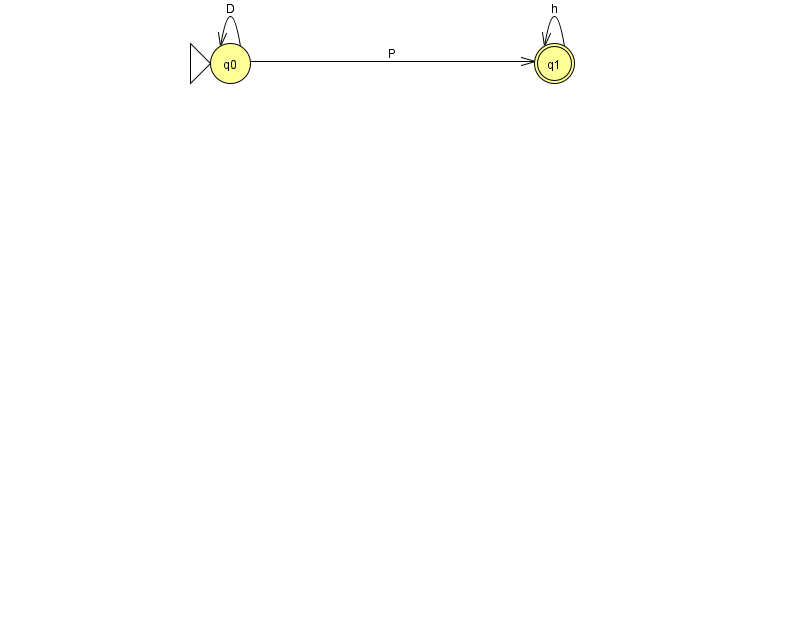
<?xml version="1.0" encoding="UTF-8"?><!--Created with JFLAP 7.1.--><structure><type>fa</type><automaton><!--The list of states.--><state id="0" name="q0"><x>230.0</x><y>50.0</y><initial/></state><state id="1" name="q1"><x>554.0</x><y>50.0</y><final/></state><!--The list of transitions.--><transition><from>0</from><to>1</to><read>P</read></transition><transition><from>0</from><to>0</to><read>D</read></transition><transition><from>1</from><to>1</to><read>h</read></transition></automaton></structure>